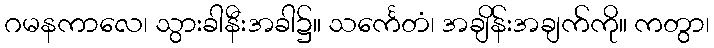
ဂမနကာလေ၊ သွားခါနီးအခါ၌။ သင်္ကေတံ၊ အချိန်းအချက်ကို။ ကတွာ၊